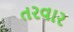
તરવાર